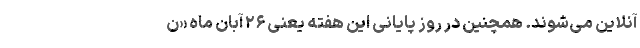
آنلاین می‌شوند. همچنین در روز پایانی این هفته یعنی ۲۶ آبان ماه «ن